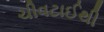
ચીવટાઈથી